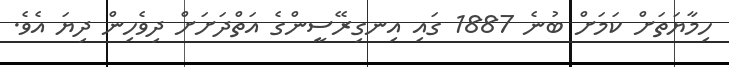
ހިމާޔަތަށް ކަމަށް ބުނެ 1887 ގައި އިނގިރޭސީންގެ އަތްދަށަށް ދިވެހިން ދިޔަ އެވެ.